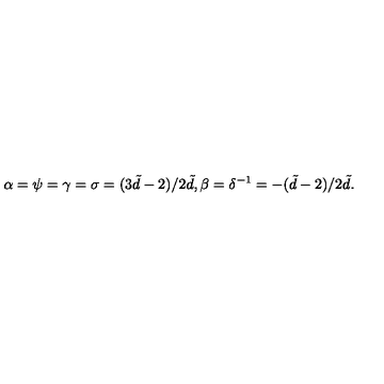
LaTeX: \alpha = \psi = \gamma = \sigma = ( 3 \tilde { d } - 2 ) / 2 \tilde { d } , \beta = \delta ^ { - 1 } = - ( \tilde { d } - 2 ) / 2 \tilde { d } .